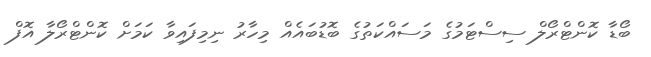
ބޯޑާ ކޮންޓްރޯލް ސިސްޓަމުގެ މަސައްކަތުގެ ބޮޑުބައެއް މިހާރު ނިމިފައިވާ ކަމަށް ކޮންޓްރޯލާ އޮފް